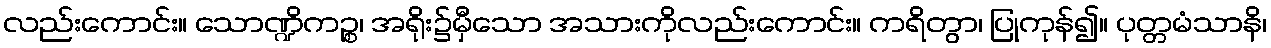
လည်းကောင်း။ သောဏ္ဍိကဉ္စ၊ အရိုး၌မှီသော အသားကိုလည်းကောင်း။ ကရိတွာ၊ ပြုကုန်၍။ ပုတ္တမံသာနိ၊